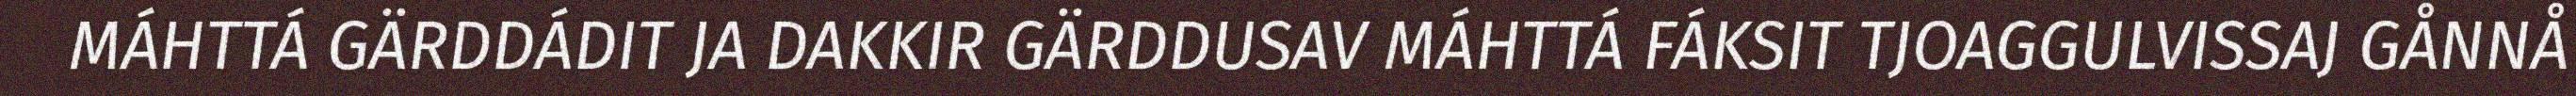
MÁHTTÁ GÄRDDÁDIT JA DAKKIR GÄRDDUSAV MÁHTTÁ FÁKSIT TJOAGGULVISSAJ GÅNNÅ